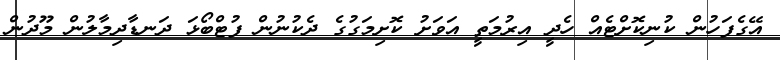
އޭގެފަހުން ކުނިކޮށްޓެއް ހެދީ އިރުމަތީ އަވަށު ކޮށިމަގުގެ ދެކުނުން ފުޓްބޯޅަ ދަނޑާދިމާލުން މޫދުން